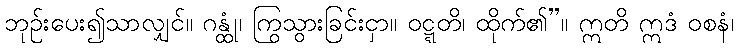
ဘုဉ်းပေး၍သာလျှင်။ ဂန္ထုံ၊ ကြွသွားခြင်းငှာ။ ဝဋ္ဋတိ၊ ထိုက်၏”။ ဣတိ ဣဒံ ဝစနံ၊